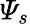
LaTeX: \varPsi_{s}